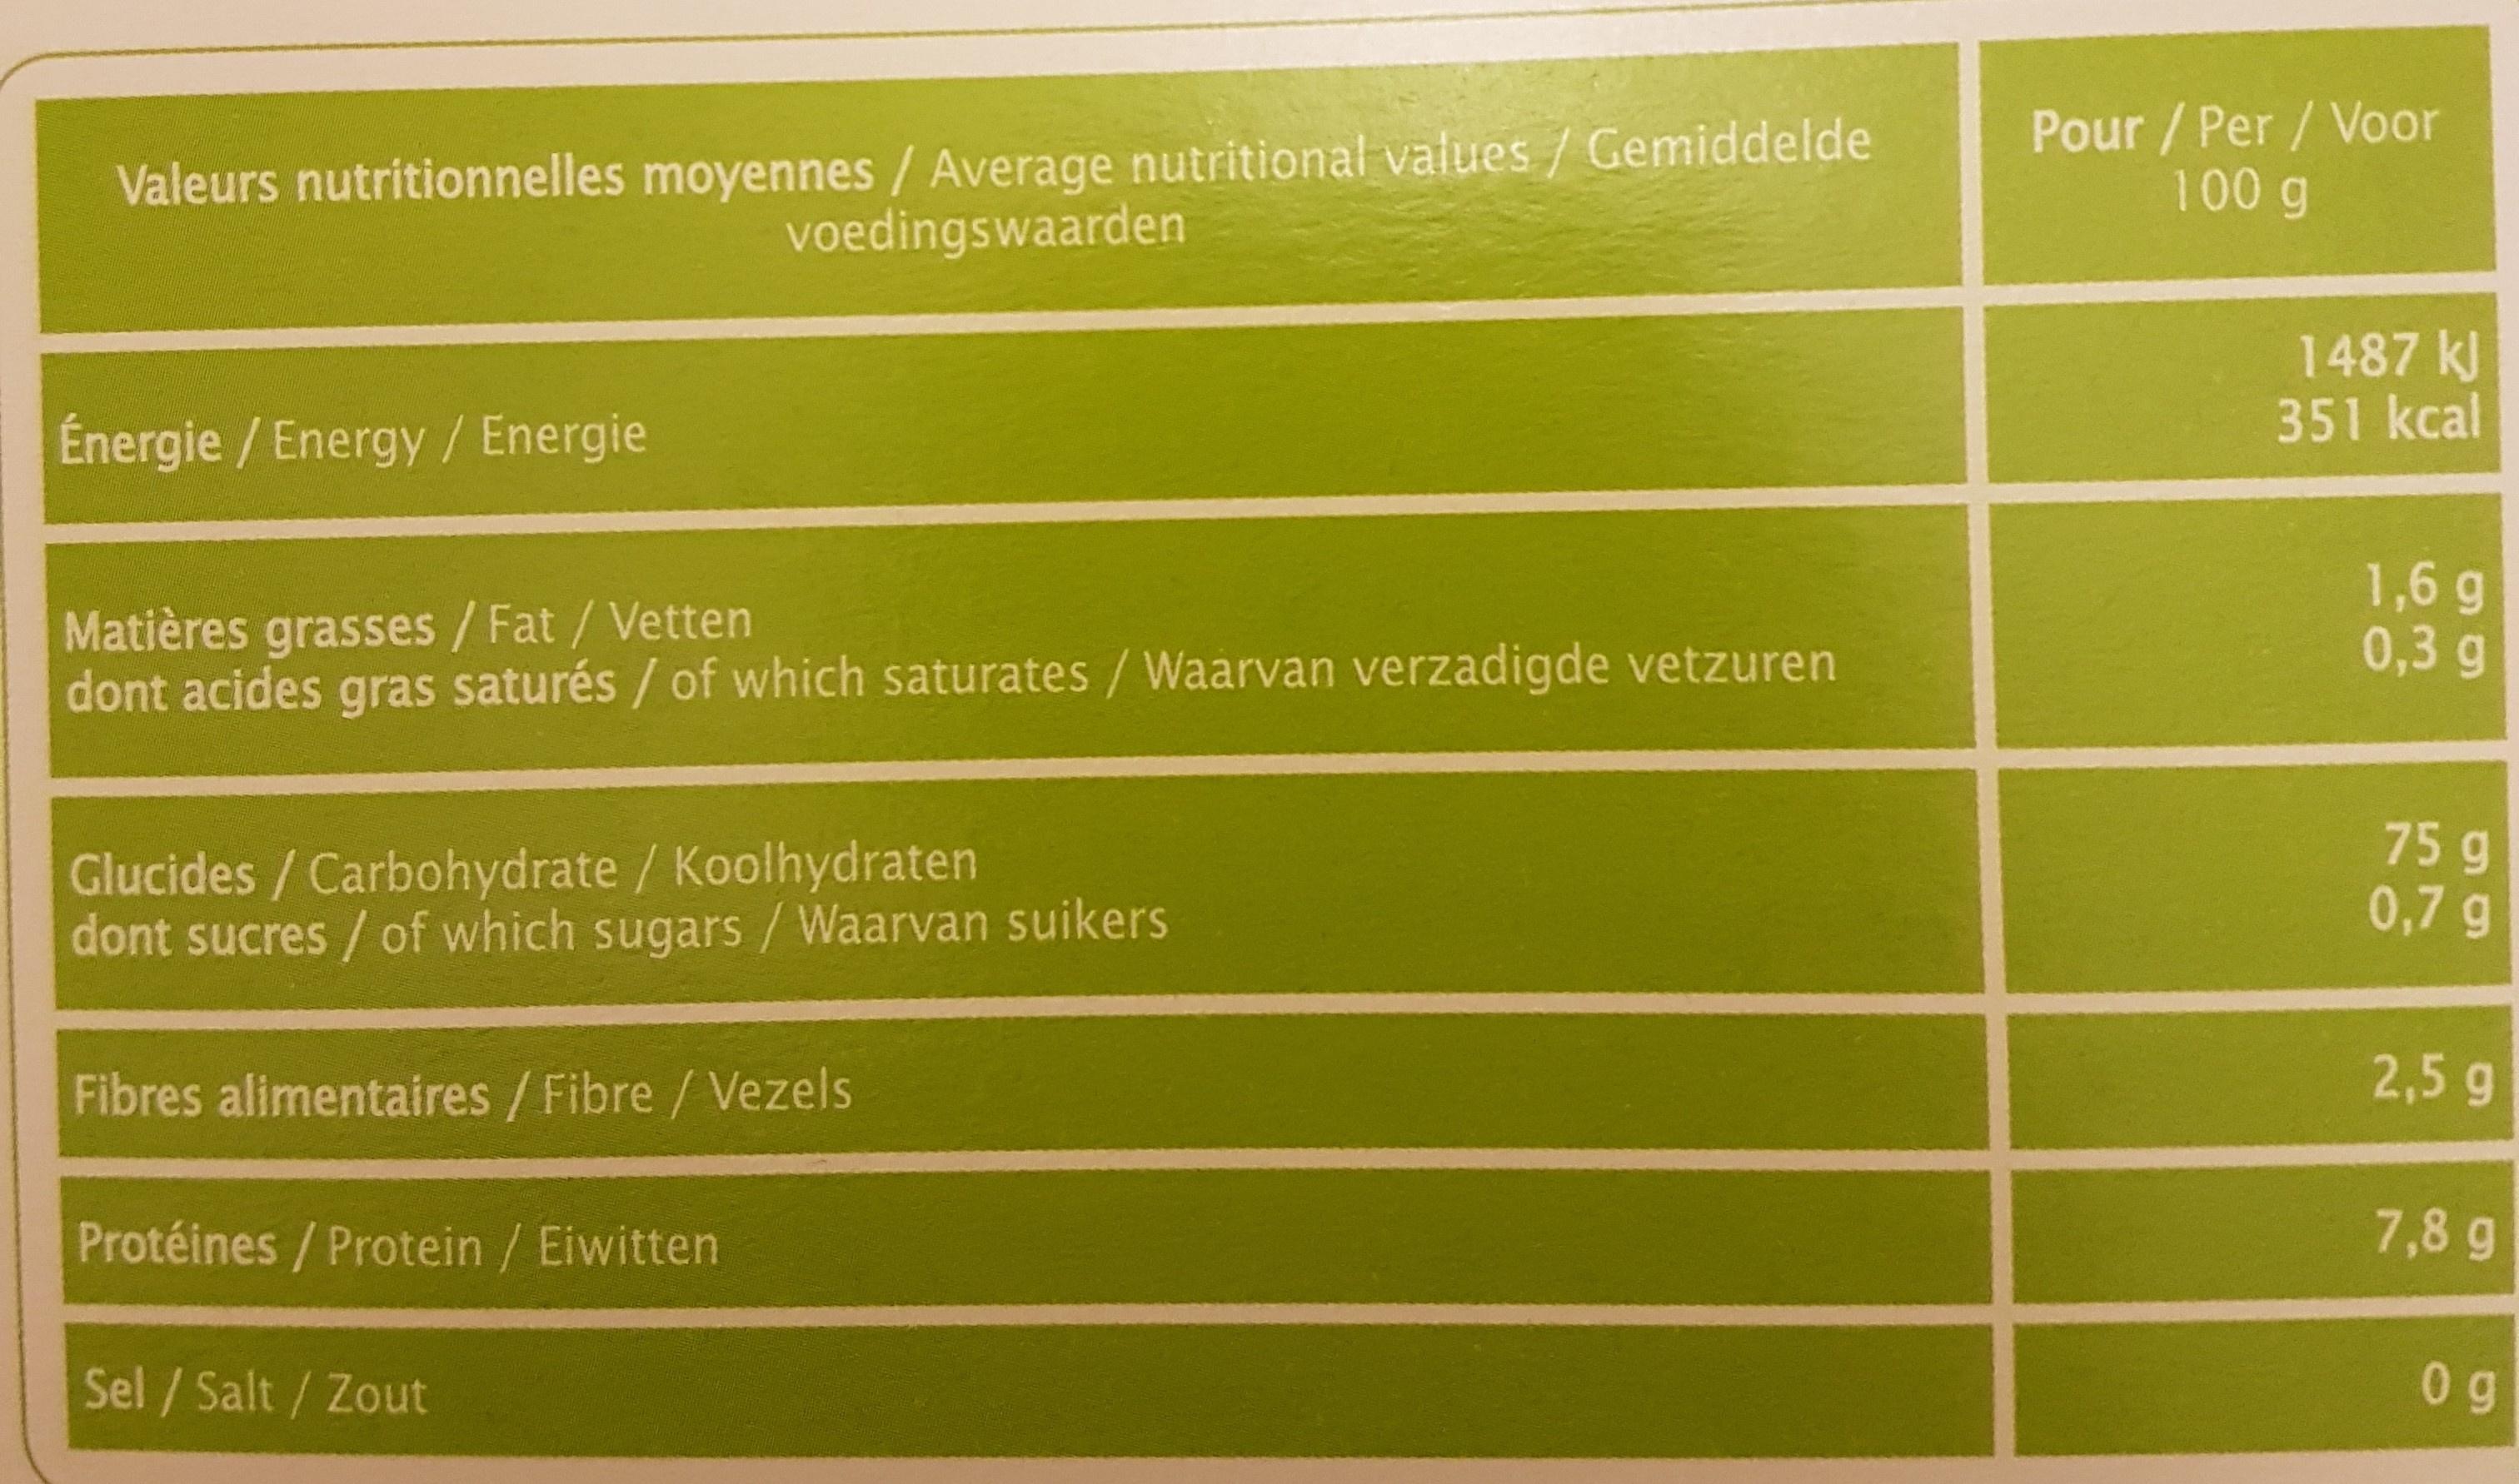
Pour /Per/Voor 100 g Valeurs nutritionnelles moyennes/ Average nutritional values/ Gemiddelde voedingswaarden 1487 k 351 kcal Énergie/Energy/ Energie 1,6 g 0,3 g Matières grasses / Fat /Vetten dont acides gras saturés /of which saturates /Waarvan verzadigde vetzuren 75 g 0,7 g Glucides /Carbohydrate / Koolhydraten dont sucres/of which sugars /Waarvan suikers 2,5 g Fibres alimentaires /Fibre/Vezels 7,8 g Protéines /Protein / Eiwitten 0 g Sel/Salt/Zout